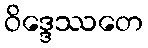
ဝိဒ္ဒေဿတေ